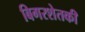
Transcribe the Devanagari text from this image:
बिगरशेतकी